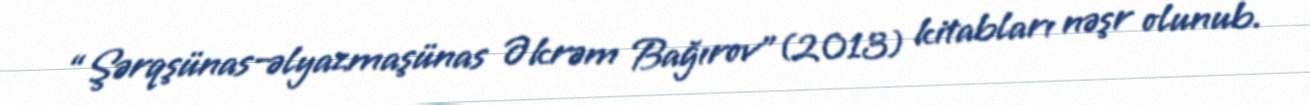
“Şərqşünas-əlyazmaşünas Əkrəm Bağırov”(2013) kitabları nəşr olunub.